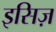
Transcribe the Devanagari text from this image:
इसिज़